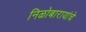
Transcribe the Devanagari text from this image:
निळोबारायांचे